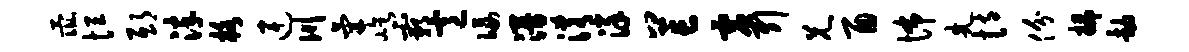
彘恒邸淬格连川气屹霸意佞漫淆详芒虚引兄酉怖先恃份插劫